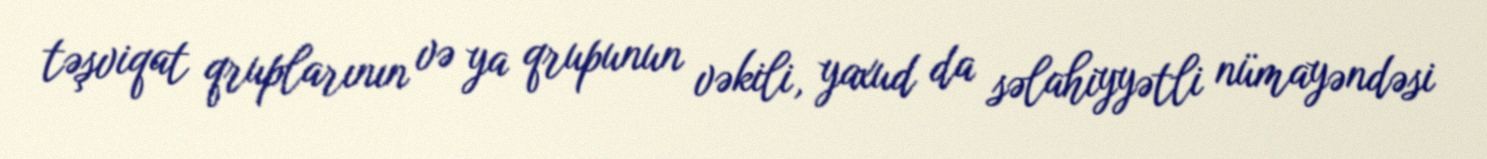
təşviqat qruplarının və ya qrupunun vəkili, yaxud da səlahiyyətli nümayəndəsi